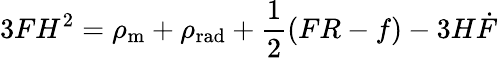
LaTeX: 3FH^{2}=\rho_{\mathrm{{m}}}+\rho_{\mathrm{{rad}}}+{\frac{1}{2}}(FR-f)-3H{\dot{F}}